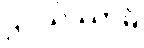
ဌပယိဿာမိ